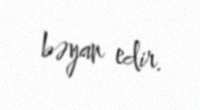
bəyan edir.